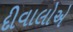
દીવાલોએ